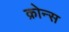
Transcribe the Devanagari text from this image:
क्रोन्स